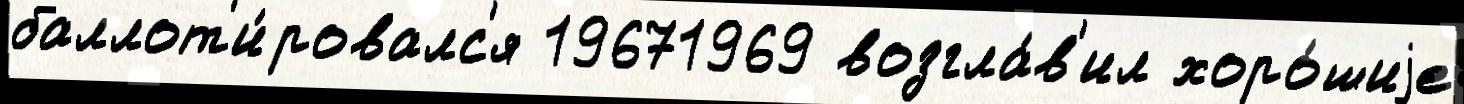
баллот'и́ровалс'я 19671969 возгла́в'ил хоро́шиjе